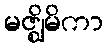
မဇ္ဈိမိကာ